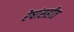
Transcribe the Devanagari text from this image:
रेषांसहीत